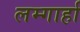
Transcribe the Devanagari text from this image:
लम्गार्हा